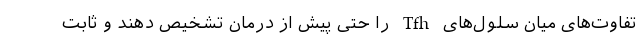
تفاوت‌های میان سلول‌های Tfh را حتی پیش از درمان تشخیص دهند و ثابت